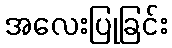
အလေးပြုခြင်း